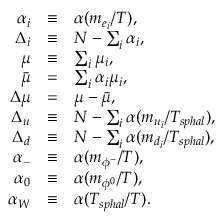
\begin{array} { r c l } { { \alpha _ { i } } } & { { \equiv } } & { { \alpha ( { m _ { e _ { i } } } / { T } ) , } } \\ { { \Delta _ { i } } } & { { \equiv } } & { { N - \sum _ { i } \alpha _ { i } , } } \\ { { \mu } } & { { \equiv } } & { { \sum _ { i } \mu _ { i } , } } \\ { { { \bar { \mu } } } } & { { = } } & { { \sum _ { i } \alpha _ { i } \mu _ { i } , } } \\ { { \Delta \mu } } & { { = } } & { { \mu - { \bar { \mu } } , } } \\ { { \Delta _ { u } } } & { { \equiv } } & { { N - \sum _ { i } \alpha ( { m _ { u _ { i } } } / { T _ { s p h a l } } ) , } } \\ { { \Delta _ { d } } } & { { \equiv } } & { { N - \sum _ { i } \alpha ( { m _ { d _ { i } } } / { T _ { s p h a l } } ) , } } \\ { { \alpha _ { - } } } & { { \equiv } } & { { \alpha ( { m _ { \phi ^ { - } } } / { T } ) , } } \\ { { \alpha _ { 0 } } } & { { \equiv } } & { { \alpha ( { m _ { \phi ^ { 0 } } } / { T } ) , } } \\ { { \alpha _ { W } } } & { { \equiv } } & { { \alpha ( { T _ { s p h a l } } / { T } ) . } } \end{array}